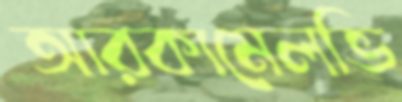
আরকামেলভি